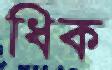
ধিক